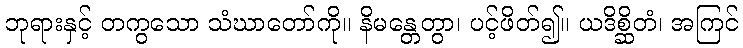
ဘုရားနှင့် တကွသော သံဃာတော်ကို။ နိမန္တေတွာ၊ ပင့်ဖိတ်၍။ ယဒိစ္ဆိတံ၊ အကြင်